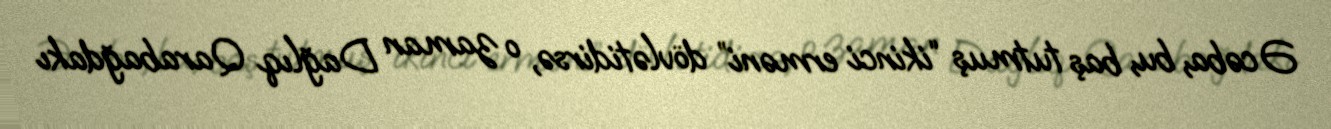
Əcəba, bu, baş tutmuş “ikinci erməni” dövlətidirsə, o zaman Dağlıq Qarabağdakı